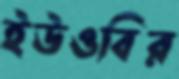
ইউওবির